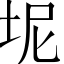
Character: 坭